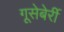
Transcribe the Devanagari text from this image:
गूसेबेर्री